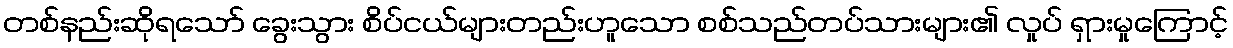
တစ်နည်းဆိုရသော် ခွေးသွား စိပ်ငယ်များတည်းဟူသော စစ်သည်တပ်သားများ၏ လှုပ် ရှားမှုကြောင့်